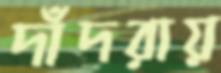
দাঁদরায়